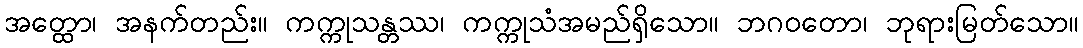
အတ္ထော၊ အနက်တည်း။ ကက္ကုသန္တဿ၊ ကက္ကုသံအမည်ရှိသော။ ဘဂဝတော၊ ဘုရားမြတ်သော။